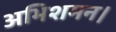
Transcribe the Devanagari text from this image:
अभिशमन।